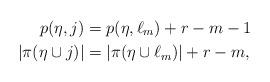
LaTeX: \begin{align*}p(\eta,j)&=p(\eta,\ell_{m})+r-m-1 \quad\\|\pi(\eta\cup j)|&=|\pi(\eta \cup \ell_{m})|+r-m,\end{align*}